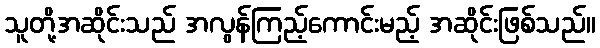
သူတို့အဆိုင်းသည် အလွန်ကြည့်ကောင်းမည့် အဆိုင်းဖြစ်သည်။